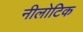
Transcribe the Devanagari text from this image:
नीलोटिक